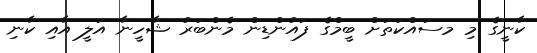
ކާނީގެ މި މސައްކަތަށް ބީމްގެ ފައުންޑިން މެންބަރު ޝާހީނާ އަލީ އާއި ކާނި